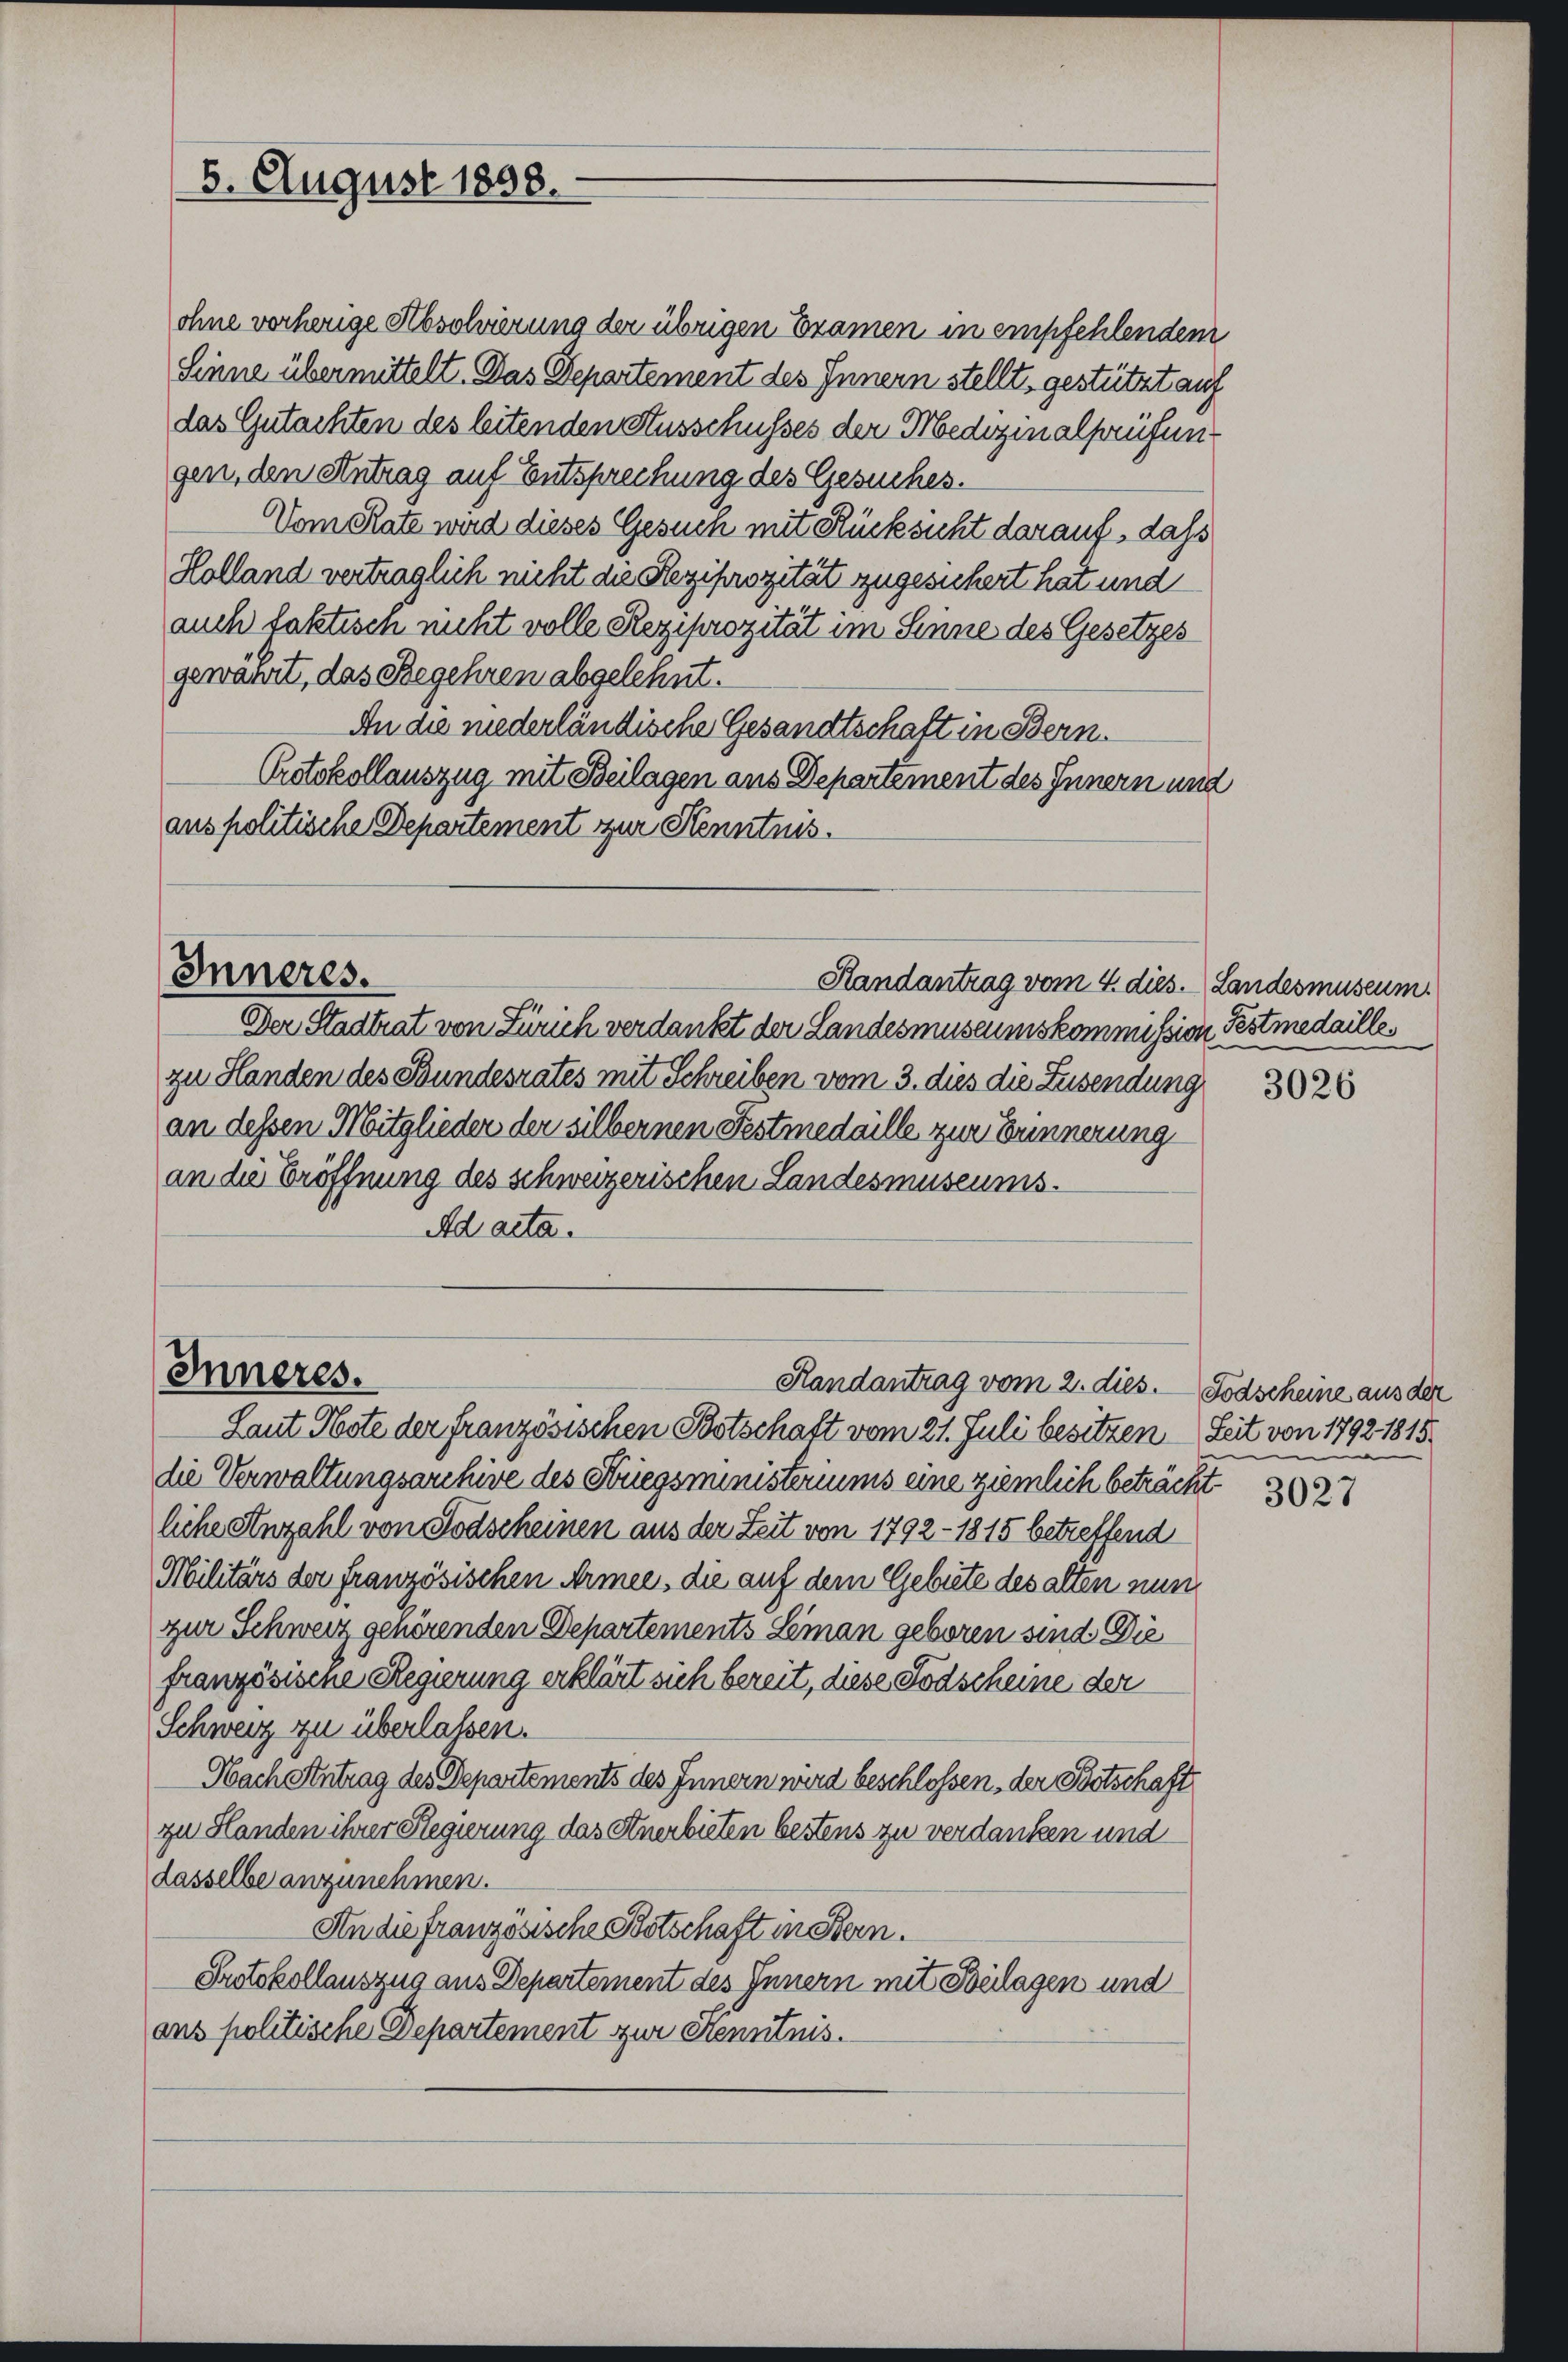
5. August 1898.

auch faktisch nicht volle Reziprozität im Sinne des Gesetzes
gewährt, das Begehren abgelehnt.
An die niederländische Gesandtschaft in Bern.
Protokollauszug mit Beilagen aus Departement des Innern und
anspolitische Departement zur Kenntnis.

Inneres.

ohne vorherige Absolvierung der übrigen Bramen in empfehlendem
Sinne übermittelt. Das Departement des Innern stellt, gestützt auf
das Gutachten des leitenden Ausschusses der Medizinalprüfung
gen, den Antrag auf Entsprechung des Gesuches.
Vom Rate wird dieses Gesuch mit Rücksicht darauf, dass
Holland vertraglich nicht die Reziprozität zugesichert hat und

Der Stadtrat von Zürich verdankt der Landesmuseumskommission Festmedaille.
zu Handen des Bundesrates mit Schreiben vom 3. dies die Zusendung
an dessen Mitglieder der silbernen Festmedaille zur Erinnerung
an die Eröffnung des schweizerischen Landesmuseums.
Ad acta.

Randantrag vom 4. dies. Landesmuseum

Inneres.
Handantrag vom 2. dies. Todscheine aus der
Laut Note der französischen Postschaft vom 21. Juli besitzen Seit von 1792. 1815.

die Verwaltungsarchive des Striegsministeriums eine ziemlich beträcht. 205
liche Anzahl von Todscheinen aus der Zeit von 1792 -1815 betreffend
Militärs der französischen Armee, die auf dem Gebiete des alten nun
zur Schweiz generenden Departements Leman geboren sind Die
französische Regierung erklärt sich bereit, diese Todscheine der
Schweiz zu überlassen.
Nach Antrag des Departements des Innern wird beschlossen, der Botschaft
zu Handen ihrer Regierung das Anerbieten bestens zu verdanken und
dasselbe anzunehmen.
An die französische Botschaft in Stern.
Protokollauszug aus Departement des Innern mit Beilagen und
aus politische Departement zur Kenntnis.

3026